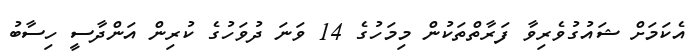
އެކަމަށް ޝައުގުވެރިވާ ފަރާތްތަކުން މިމަހުގެ 14 ވަނަ ދުވަހުގެ ކުރިން އަންދާސީ ހިސާބު